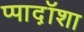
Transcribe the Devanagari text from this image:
प्पाद़ॉशा